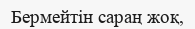
Бермейтін сараң жоқ,